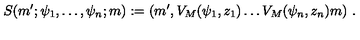
S ( m ^ { \prime } ; \psi _ { 1 } , \dots , \psi _ { n } ; m ) : = ( m ^ { \prime } , V _ { M } ( \psi _ { 1 } , z _ { 1 } ) \dots V _ { M } ( \psi _ { n } , z _ { n } ) m ) \ .